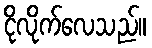
ငိုလိုက်လေသည်။